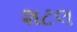
શટલ